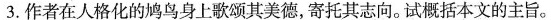
”3.作者在人格化的鸠鸟身上歌颂其美德，寄托其志向。试概括本文的主旨。